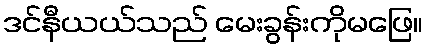
ဒင်နီယယ်သည် မေးခွန်းကိုမဖြေ။